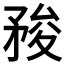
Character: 𥍬